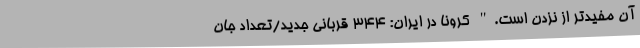
آن مفیدتر از نزدن است." کرونا در ایران: ۳۴۴ قربانی جدید/تعداد جان